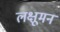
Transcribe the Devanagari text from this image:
लक्षूमन